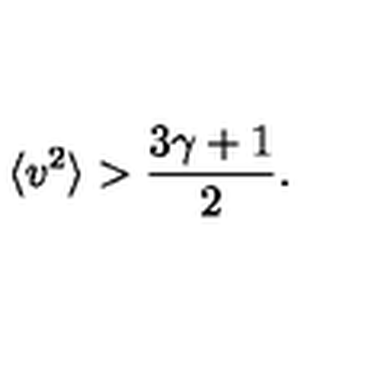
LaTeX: \langle v ^ { 2 } \rangle > \frac { 3 \gamma + 1 } { 2 } .